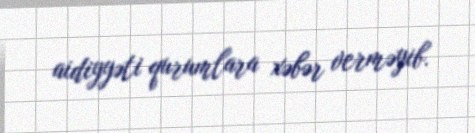
aidiyyəti qurumlara xəbər verməyib.